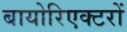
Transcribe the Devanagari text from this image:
बायोरिएक्टरों